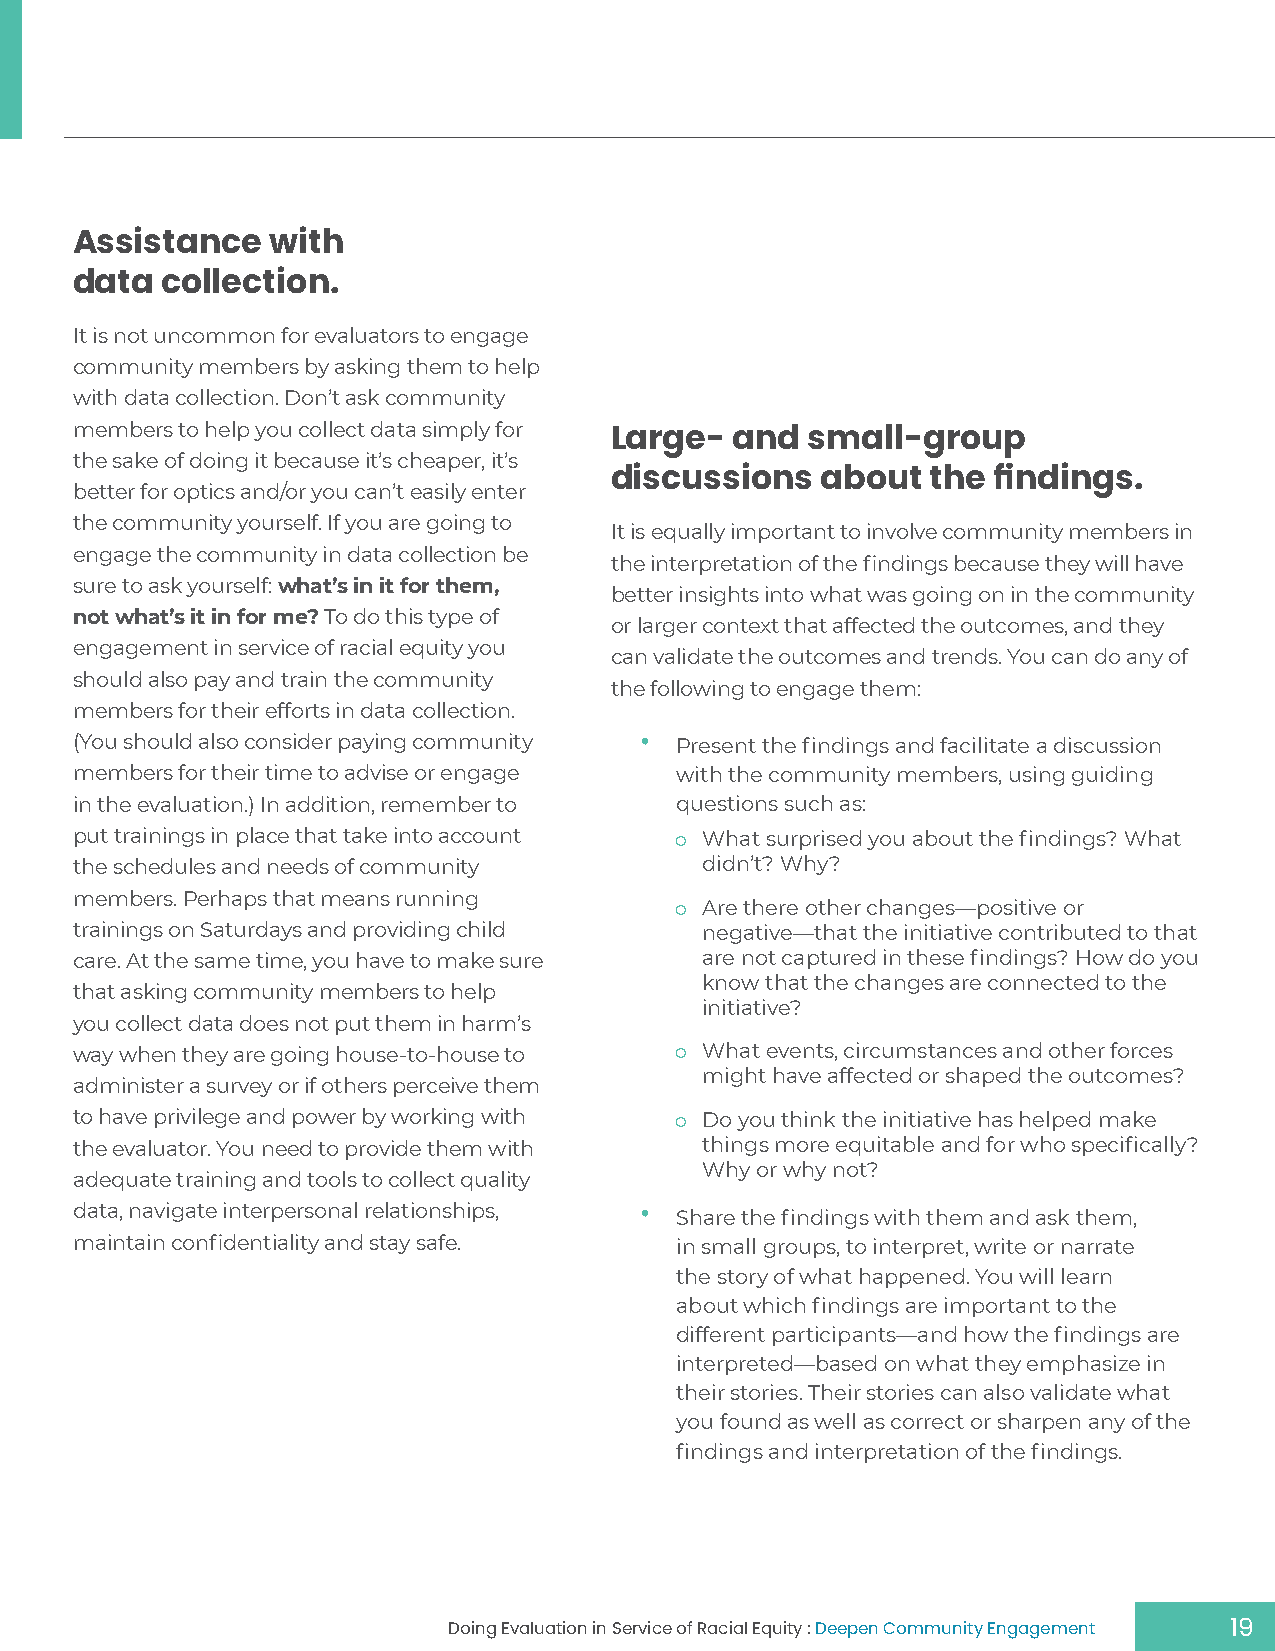
Assistance   with
 data  collection.
 It is not uncommon for evaluators to engage
 community members by asking them to help
 with data collection. Don’t ask community
 members to help you collect data simply for
 Large-   and small-group
 the sake of doing it because it’s cheaper, it’s
 discussions   about   the findings.
 better for optics and/or you can’t easily enter
 the community yourself. If you are going to
 It is equally important to involve community members in
 engage the community in data collection be
 the interpretation of the findings because they will have
 sure to ask yourself: what’s in it for them,
 better insights into what was going on in the community
 not what’s it in for me? To do this type of
 or larger context that affected the outcomes, and they
 engagement in service of racial equity you
 can validate the outcomes and trends. You can do any of
 should also pay and train the community
 the following to engage them:
 members for their efforts in data collection.
 •
 (You should also consider paying community Present the findings and facilitate a discussion
 members for their time to advise or engage with the community members, using guiding
 in the evaluation.) In addition, remember to questions such as:
 put trainings in place that take into account o What surprised you about the findings? What
 the schedules and needs of community     didn’t? Why?
 members. Perhaps that means running
 o Are there other changes—positive or
 trainings on Saturdays and providing child negative—that the initiative contributed to that
 care. At the same time, you have to make sure are not captured in these findings? How do you
 know that the changes are connected to the
 that asking community members to help
 initiative?
 you collect data does not put them in harm’s
 way when they are going house-to-house to o What events, circumstances and other forces
 might have affected or shaped the outcomes?
 administer a survey or if others perceive them
 to have privilege and power by working with o Do you think the initiative has helped make
 the evaluator. You need to provide them with things more equitable and for who specifically?
 Why or why not?
 adequate training and tools to collect quality
 •
 data, navigate interpersonal relationships,
 Share the findings with them and ask them,
 maintain confidentiality and stay safe. in small groups, to interpret, write or narrate
 the story of what happened. You will learn
 about which findings are important to the
 different participants—and how the findings are
 interpreted—based on what they emphasize in
 their stories. Their stories can also validate what
 you found as well as correct or sharpen any of the
 findings and interpretation of the findings.
 Doing Evaluation in Service of Racial Equity : Deepen Community Engagement 19